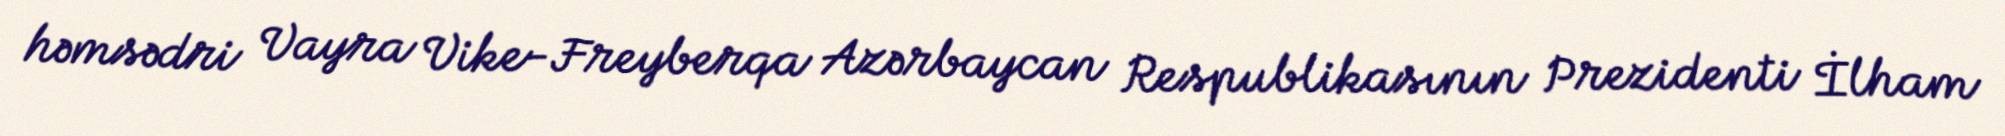
həmsədri Vayra Vike-Freyberqa Azərbaycan Respublikasının Prezidenti İlham